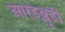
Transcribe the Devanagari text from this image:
आरडब्लूडी